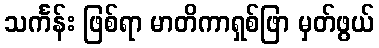
သင်္ကန်း ဖြစ်ရာ မာတိကာရှစ်ဖြာ မှတ်ဖွယ်